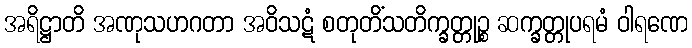
အရိဋ္ဌာတိ အဏုသဟဂတာ အဝိသဋံ စတုတိံသတိက္ခတ္တုဉ္စ ဆက္ခတ္တုပရမံ ဝါရဏေ